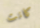
كانت